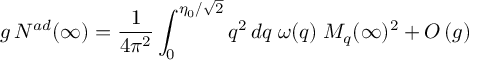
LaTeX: g \, { \cal N } ^ { a d } ( \infty ) = { \frac { 1 } { 4 \pi ^ { 2 } } } \int _ { 0 } ^ { \eta _ { 0 } / \sqrt 2 } q ^ { 2 } \, d q \; \omega ( q ) \; M _ { q } ( \infty ) ^ { 2 } + { \cal O } \left( g \right)